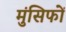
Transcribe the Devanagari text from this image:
मुंसिफों